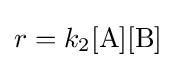
r=k_{2}[\mathrm {A} ][\mathrm {B} ]